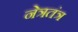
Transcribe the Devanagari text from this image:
नेत्रतंत्र